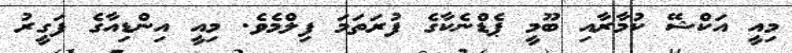
މިއީ އަކްޝޭ ކުމާރާއި ބޫމީ ޕެޑްނެކާގެ ފުރަތަމަ ފިލްމެވެ. މިއީ އިންޑިއާގެ ފަގީރު